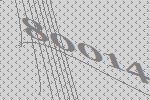
80014